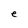
Character: e